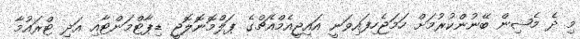
މި ދެ މެޝިން ބޭނުންކުރުމަށް ހަމަޖެހިފައިވަނީ އައިޖީއެމްއެޗްގެ ޕަލްމޮނޮލޮޖީ ޑިޕާޓްމަންޓާއި އަދި ޓްރައުމާ